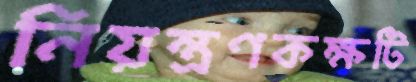
নিয়ন্ত্রণকক্ষটি